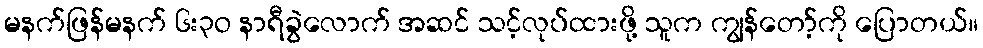
မနက်ဖြန်မနက် ၆း၃ဝ နာရီခွဲလောက် အဆင် သင့်လုပ်ထားဖို့ သူက ကျွန်တော့်ကို ပြောတယ်။